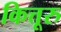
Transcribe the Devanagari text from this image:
कित्तूरु